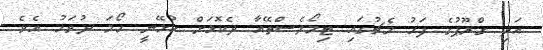
އަދި ގްރޫޕުގެ ފަހު މެޗުގައި ޓިމޯލެސްތޭއާ ދެކޮޅަށް ކުޅޭނީ ހޯމަ ދުވަހު އެވެ.